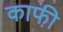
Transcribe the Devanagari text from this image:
काफी़